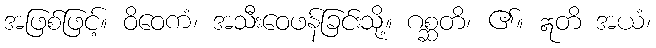
အဖြစ်ဖြင့်။ ဝိဝေကံ၊ အသီးဝေဖန်ခြင်းသို့။ ဂစ္ဆတိ၊ ၏။ ဣတိ အယံ၊